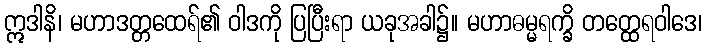
ဣဒါနိ၊ မဟာဒတ္တထေရ်၏ ဝါဒကို ပြပြီးရာ ယခုအခါ၌။ မဟာဓမ္မရက္ခိ တတ္ထေရဝါဒေ၊